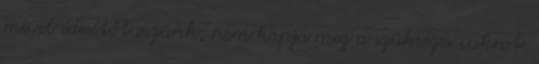
mivel édesítőt eszünk, nem kapja meg a szükséges cukrot.